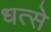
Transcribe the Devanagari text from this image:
धत्से